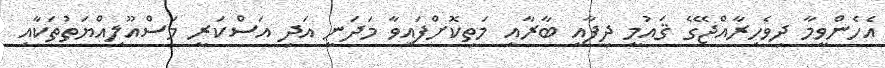
އެހެންވީމާ ދިވެހިރާއްޖޭގެ ޤައުމީ ދިފާއީ ބާރާއި މަތިކޮށްފައިވާ މަދަނީ އަދި އަސްކަރީ މަސްއޫލިއްޔަތުތަކާއި